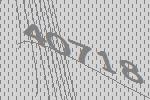
40718